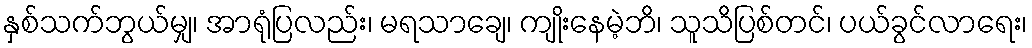
နှစ်သက်ဘွယ်မျှ၊ အာရုံပြလည်း၊ မရသာချေ၊ ကျိုးနေမဲ့ဘိ၊ သူသိပြစ်တင်၊ ပယ်ခွင်လာရေး၊